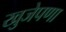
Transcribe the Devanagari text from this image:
खुजेपणा